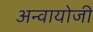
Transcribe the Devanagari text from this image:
अन्वायोजी